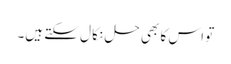
تو اس کا بھی حل نکا ل سکتے ہیں۔